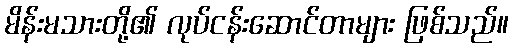
မိန်းမသားတို့၏ လုပ်ငန်းဆောင်တာများ ဖြစ်သည်။